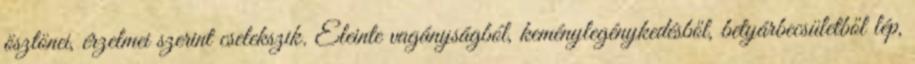
ösztönei, érzelmei szerint cselekszik. Eleinte vagányságból, keménylegénykedésből, betyárbecsületből lép,